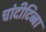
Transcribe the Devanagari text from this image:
चांदीटिब्बा